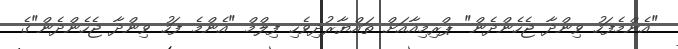
"އެންމެފަހު ވިންދާ ޖެހެންދެން" ޕްރިމިއާއަށް ތައްޔާރުދިވެހި ފިލްމް "އެންމެ ފަހު ވިންދާ ޖެހެންދެން"ގެ